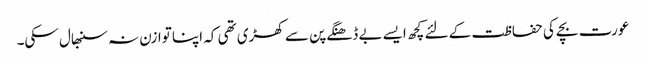
عورت بچے کی حفاظت کے لئے کچھ ایسے بے ڈھنگے پن سے کھڑی تھی کہ اپنا توازن نہ سنبھال سکی۔